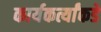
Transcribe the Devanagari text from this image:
कार्यकर्त्यांकडे